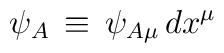
\psi_A \, \equiv \,  \psi_{A\mu} \, dx^\mu